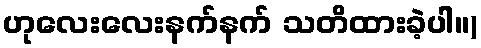
ဟုလေးလေးနက်နက် သတိထားခဲ့ပါ။)